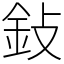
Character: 鈙